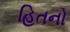
હિતનો